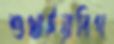
শুখাইয়াবিগ